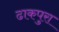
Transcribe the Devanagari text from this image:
ढाकपुरा